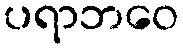
ပရာဘဝေ